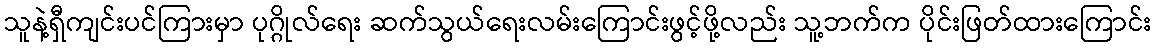
သူနဲ့ရှီကျင်းပင်ကြားမှာ ပုဂ္ဂိုလ်ရေး ဆက်သွယ်ရေးလမ်းကြောင်းဖွင့်ဖို့လည်း သူ့ဘက်က ပိုင်းဖြတ်ထားကြောင်း